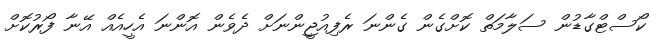
ކޯސްޓްގާޑުން ސަލާމަތް ކޮށްގެން ގެންނަ ރެފިއުޖީންނަށް ދެވެން އޮންނަ އެހީއެއް އޭނާ ފޯރުކޮށް